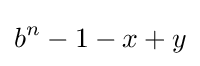
b^{n}-1-x+y